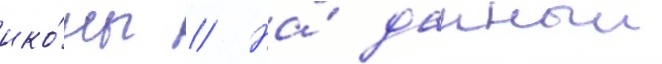
ико́ны // На́ данныи